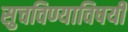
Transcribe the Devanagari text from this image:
सुचविण्याविषयी